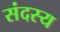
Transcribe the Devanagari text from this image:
संदस्य